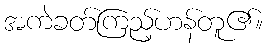
အကဲခတ်ကြည့်ဟန်တူ၏။